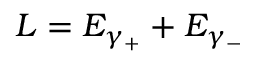
L = E _ { \gamma _ { + } } + E _ { \gamma _ { - } }